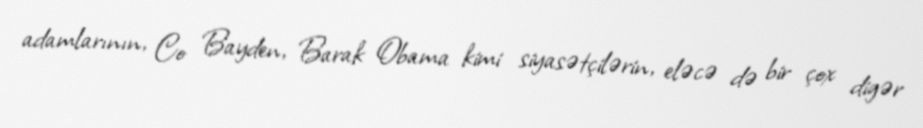
adamlarının, Co Bayden, Barak Obama kimi siyasətçilərin, eləcə də bir çox digər